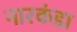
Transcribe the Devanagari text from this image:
नारकंडा